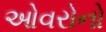
ઓવરોનો